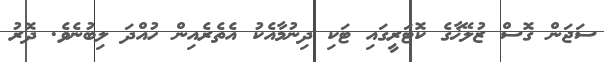
ސަޖަން ގޮސް ޒުލޭޚާގެ ކޮޓަރީގައި ޓަކި ދިނުމާއެކު އެތެރެއިން ހުއްދަ ލިބުނެވެ. ދޮރު